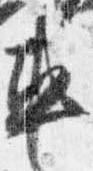
車